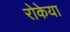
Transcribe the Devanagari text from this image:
रोकेया